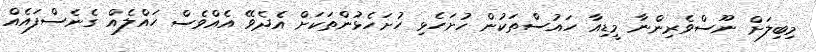
މިބިލަށް ނޫސްވެރިންނާ މީޑިއާ ހައުސްތަކުން ހުށަހެޅި ހުށަހެޅުންތަކަށް އެދެވޭ އެއްވެސް ހައްލެއް ގެނެސްފައެއް